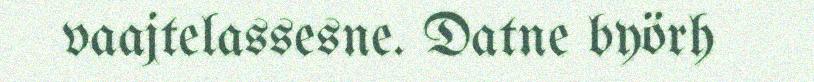
vaajtelassesne. Datne byörh